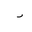
Letter: _dal